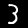
Digit: 3